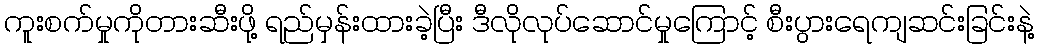
ကူးစက်မှုကိုတားဆီးဖို့ ရည်မှန်းထားခဲ့ပြီး ဒီလိုလုပ်ဆောင်မှုကြောင့် စီးပွားရေကျဆင်းခြင်းနဲ့